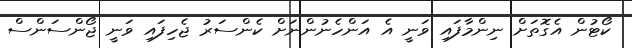
ކޯޓުން އެގޮތަށް ނިންމާފައި ވަނީ އެ އަންހެނުންނަށް ކެންސަރު ޖެހިފައި ވަނީ ޖޯންސަންސް